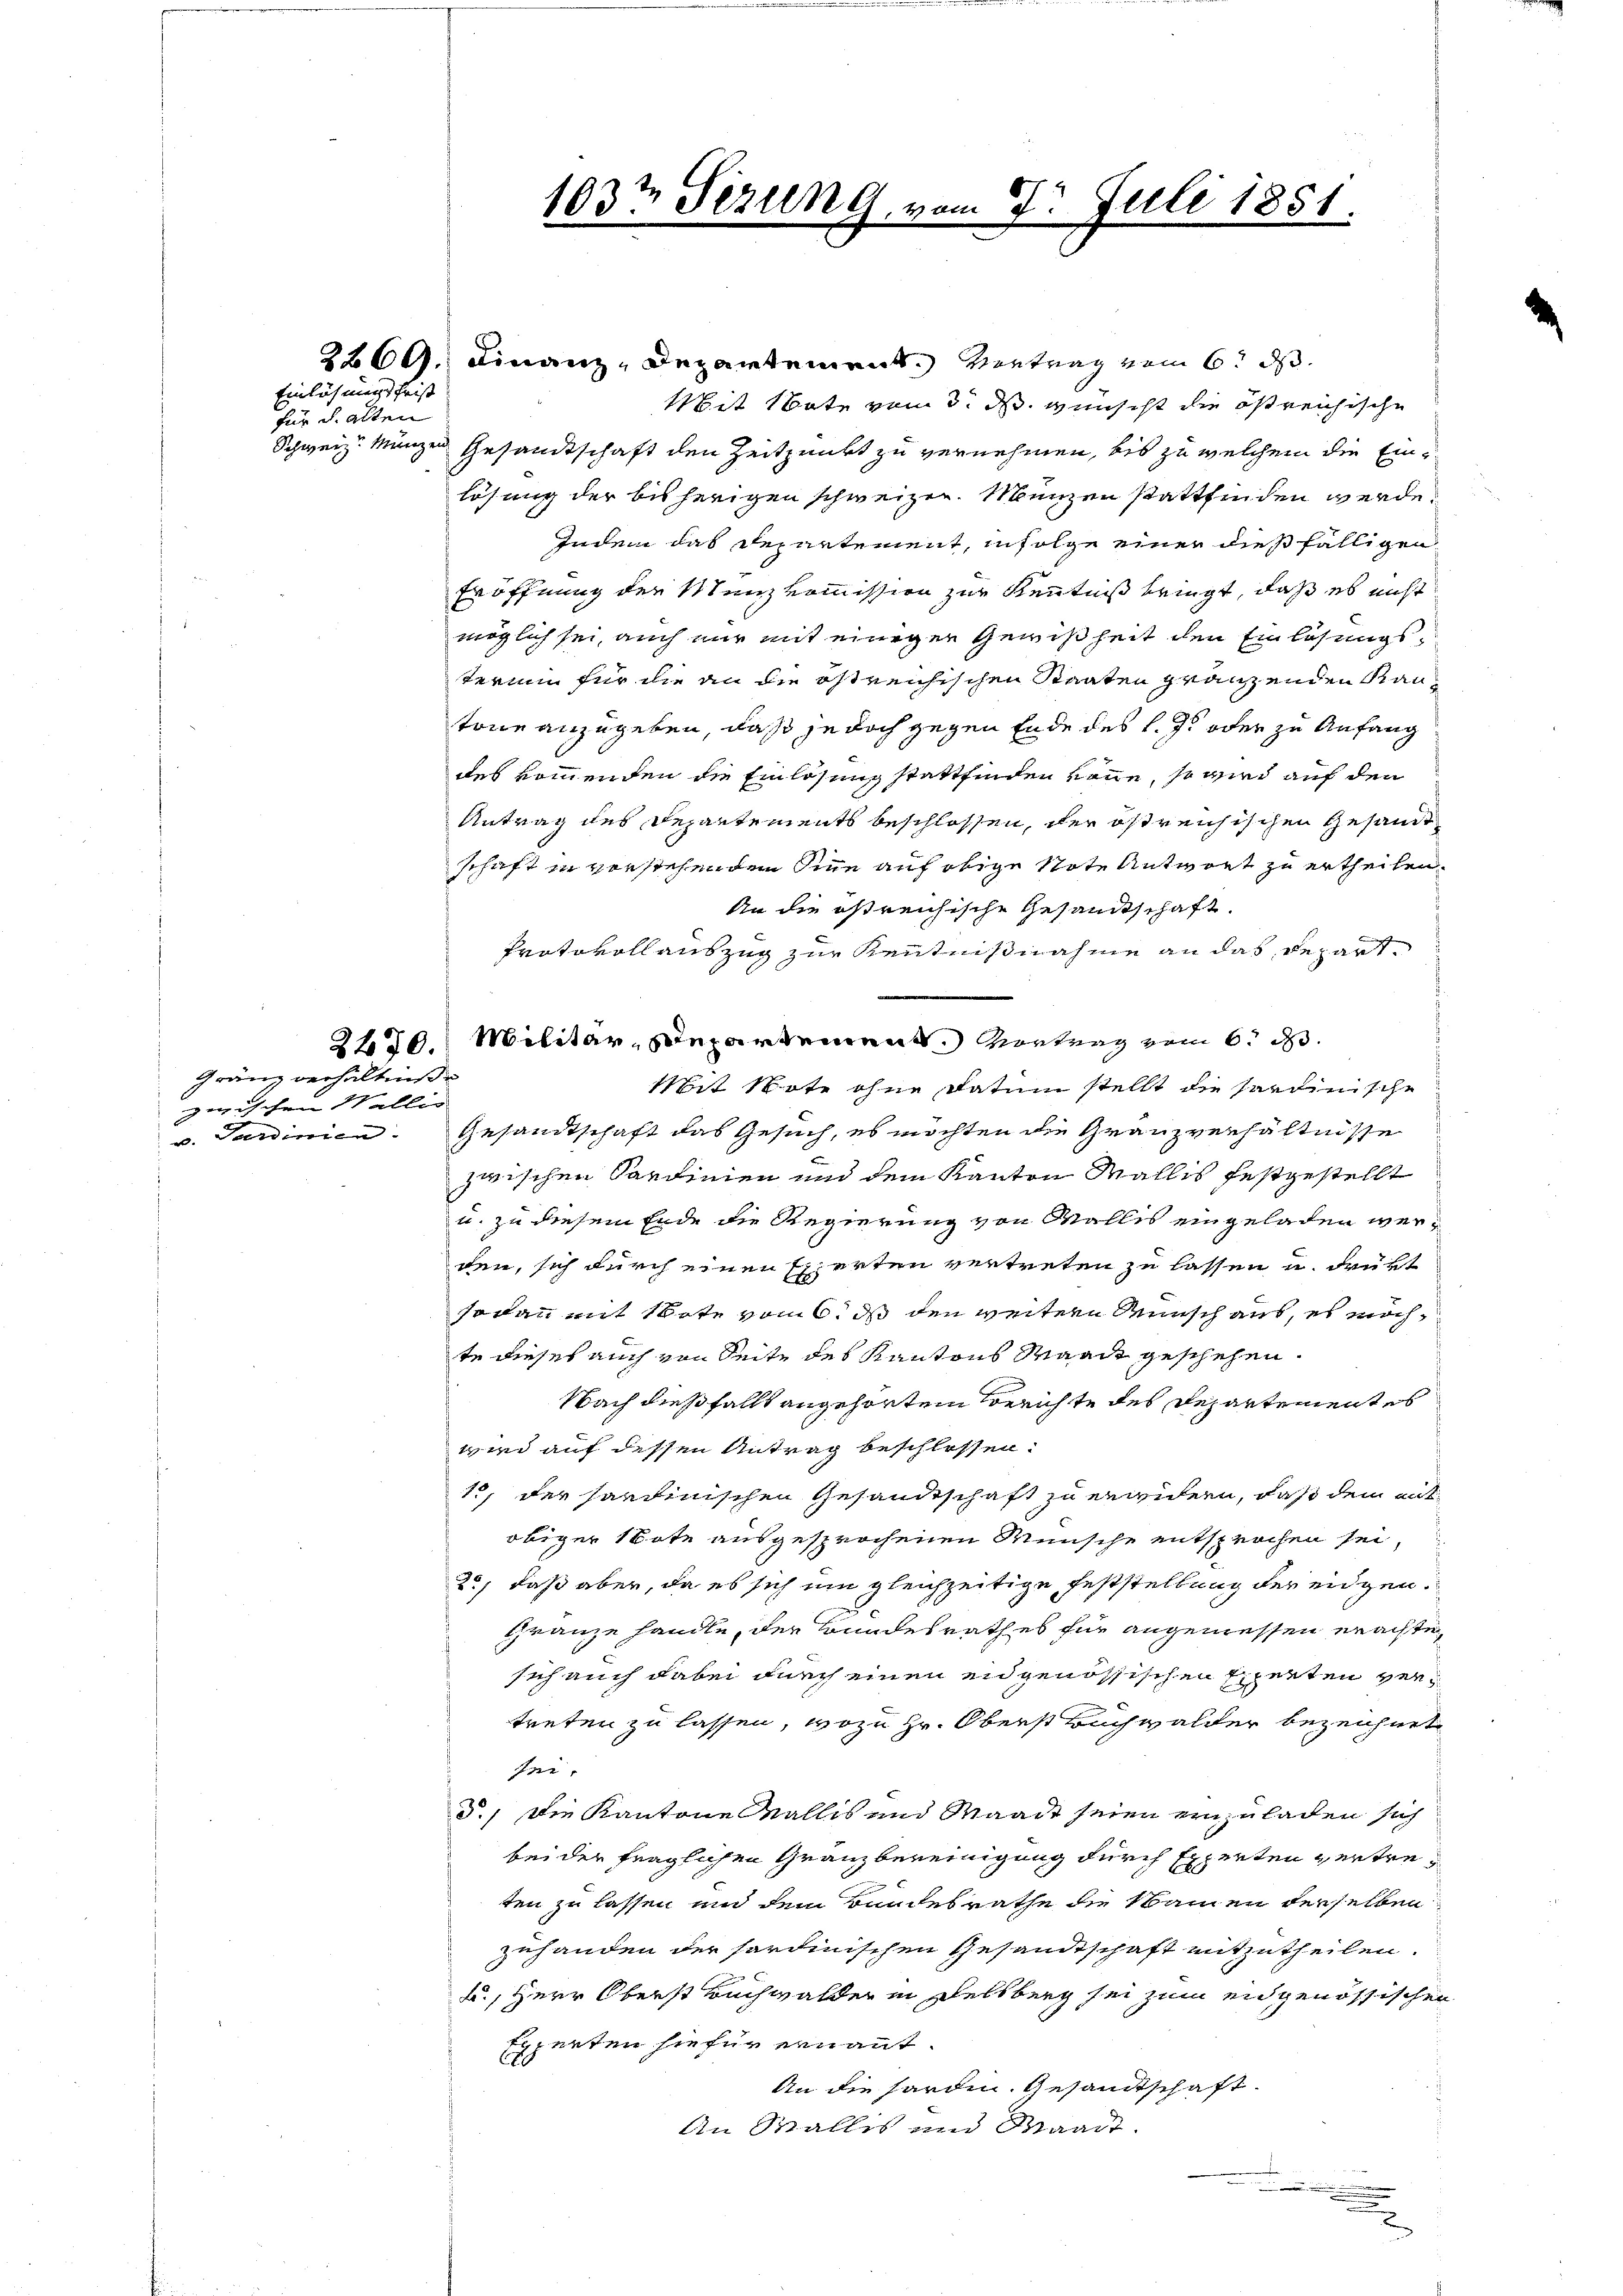
für d. alten

Einlähmung frist

Gränz verhältniße
zwischen Wallis
v. Sardinien.

103t Serung, vom 7. Juli 1851.

2260. Finanz-Departement. Vertrag vom 6. ds.
Mit Note vom 3. d. wünscht die östreichische
Schweiz. Manzen Gesandtschaft den Zeitpunkt zu vernehmen, bis zu welchem die Einlösung der bisherigen schweizer. Menzen stattfinden werde,
Indem das Departement, infolge einer dießfälligen
Eröffnung der Menzkommission zur Kenntniß bringt, daß es nicht
möglich sei, auch nur mit einigen Gewißheit den Einlösungstermin für die an die östreichischen Staaten gränzenden Kantone anzugeben, daß jedoch gegen Ende des l. J. oder zu Anfang
des kommenden die Einlösung stattfinden könne, so wird auf den
Antrag des Departements beschlossen, der östreichischen Gesandtschaft in verstehenden Sinne auf obige Note Antwort zu ertheilen.
An die östreichische Gesandtschaft
Protokoll auszug zur Kenntnisnahme an das Repart
2430. Militär-Departement. Vortrag vom 6. d.
Mit Note ohne Datum stellt die Sardinische
Gesandtschaft das Gesuch, es möchten die Granzverhältnisse
zwischen Sardinien und dem Kanton Wallis festgestellt
u. zu diesem Ende die Regierung von Wallis eingeladen werden, sich durch einen Experten vertreten zu lassen u. drükt
sodann mit Note vom 6. ds den weitern Wunsch aus, es möchte dieser auch von Seite des Kantons Maack geschehen.
Nach dießfällt angehörtem Berichte des Departementes
wird auf dessen Antrag beschlossen:
1, der Sardinischen Gesandtschaft zu erwidern, daß dem entobiger Note ausgesprochenen Wünsche entsprochen sei,
2., daß aber, da es sich um gleichzeitige Feststellung der eidgen.
Granze handle, der Bundesrath es für angemessen erachte,
sich auch dabei durch einen eidgenössischen Experten vertreten zu lassen, wozu Hr. Oberst Buchwalder bezeichnet
J
d.) Die Kantone Wallis und Maart seien einzuladen sich
bei der fraglichen Granzbereinigung durch Experten vertreten zu lassen und dem Bundesrathe die Namen derselben
zuhanden der sardinischen Gesandtschaft mitzutheilen.
u, Herr Oberst Buchwalden in Delsberg sei zum eidgenössischen
Experten hiefür ernannt.
An die Forden. Gesandtschaft
An Wallis und Waadt.